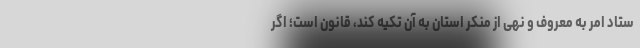
ستاد امر به معروف و نهی از منکر استان به آن تکیه کند، قانون است؛ اگر